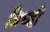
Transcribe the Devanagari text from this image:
ब्रिध्ही